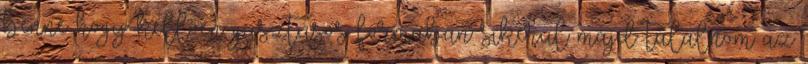
benne hogy kellően gusztusos formában sikerül majd tálalnom az